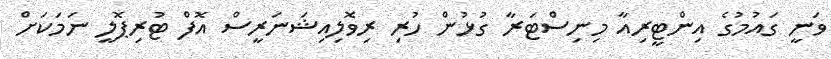
ވަނީ ގައުމުގެ އިންޓީރިއާ މިނިސްޓަރާ ގުޅުން ހުރި ރިވޮލިއިޝަނަރީސް އޮފް ޓުރިޕޮލީ ނަމަކަށް